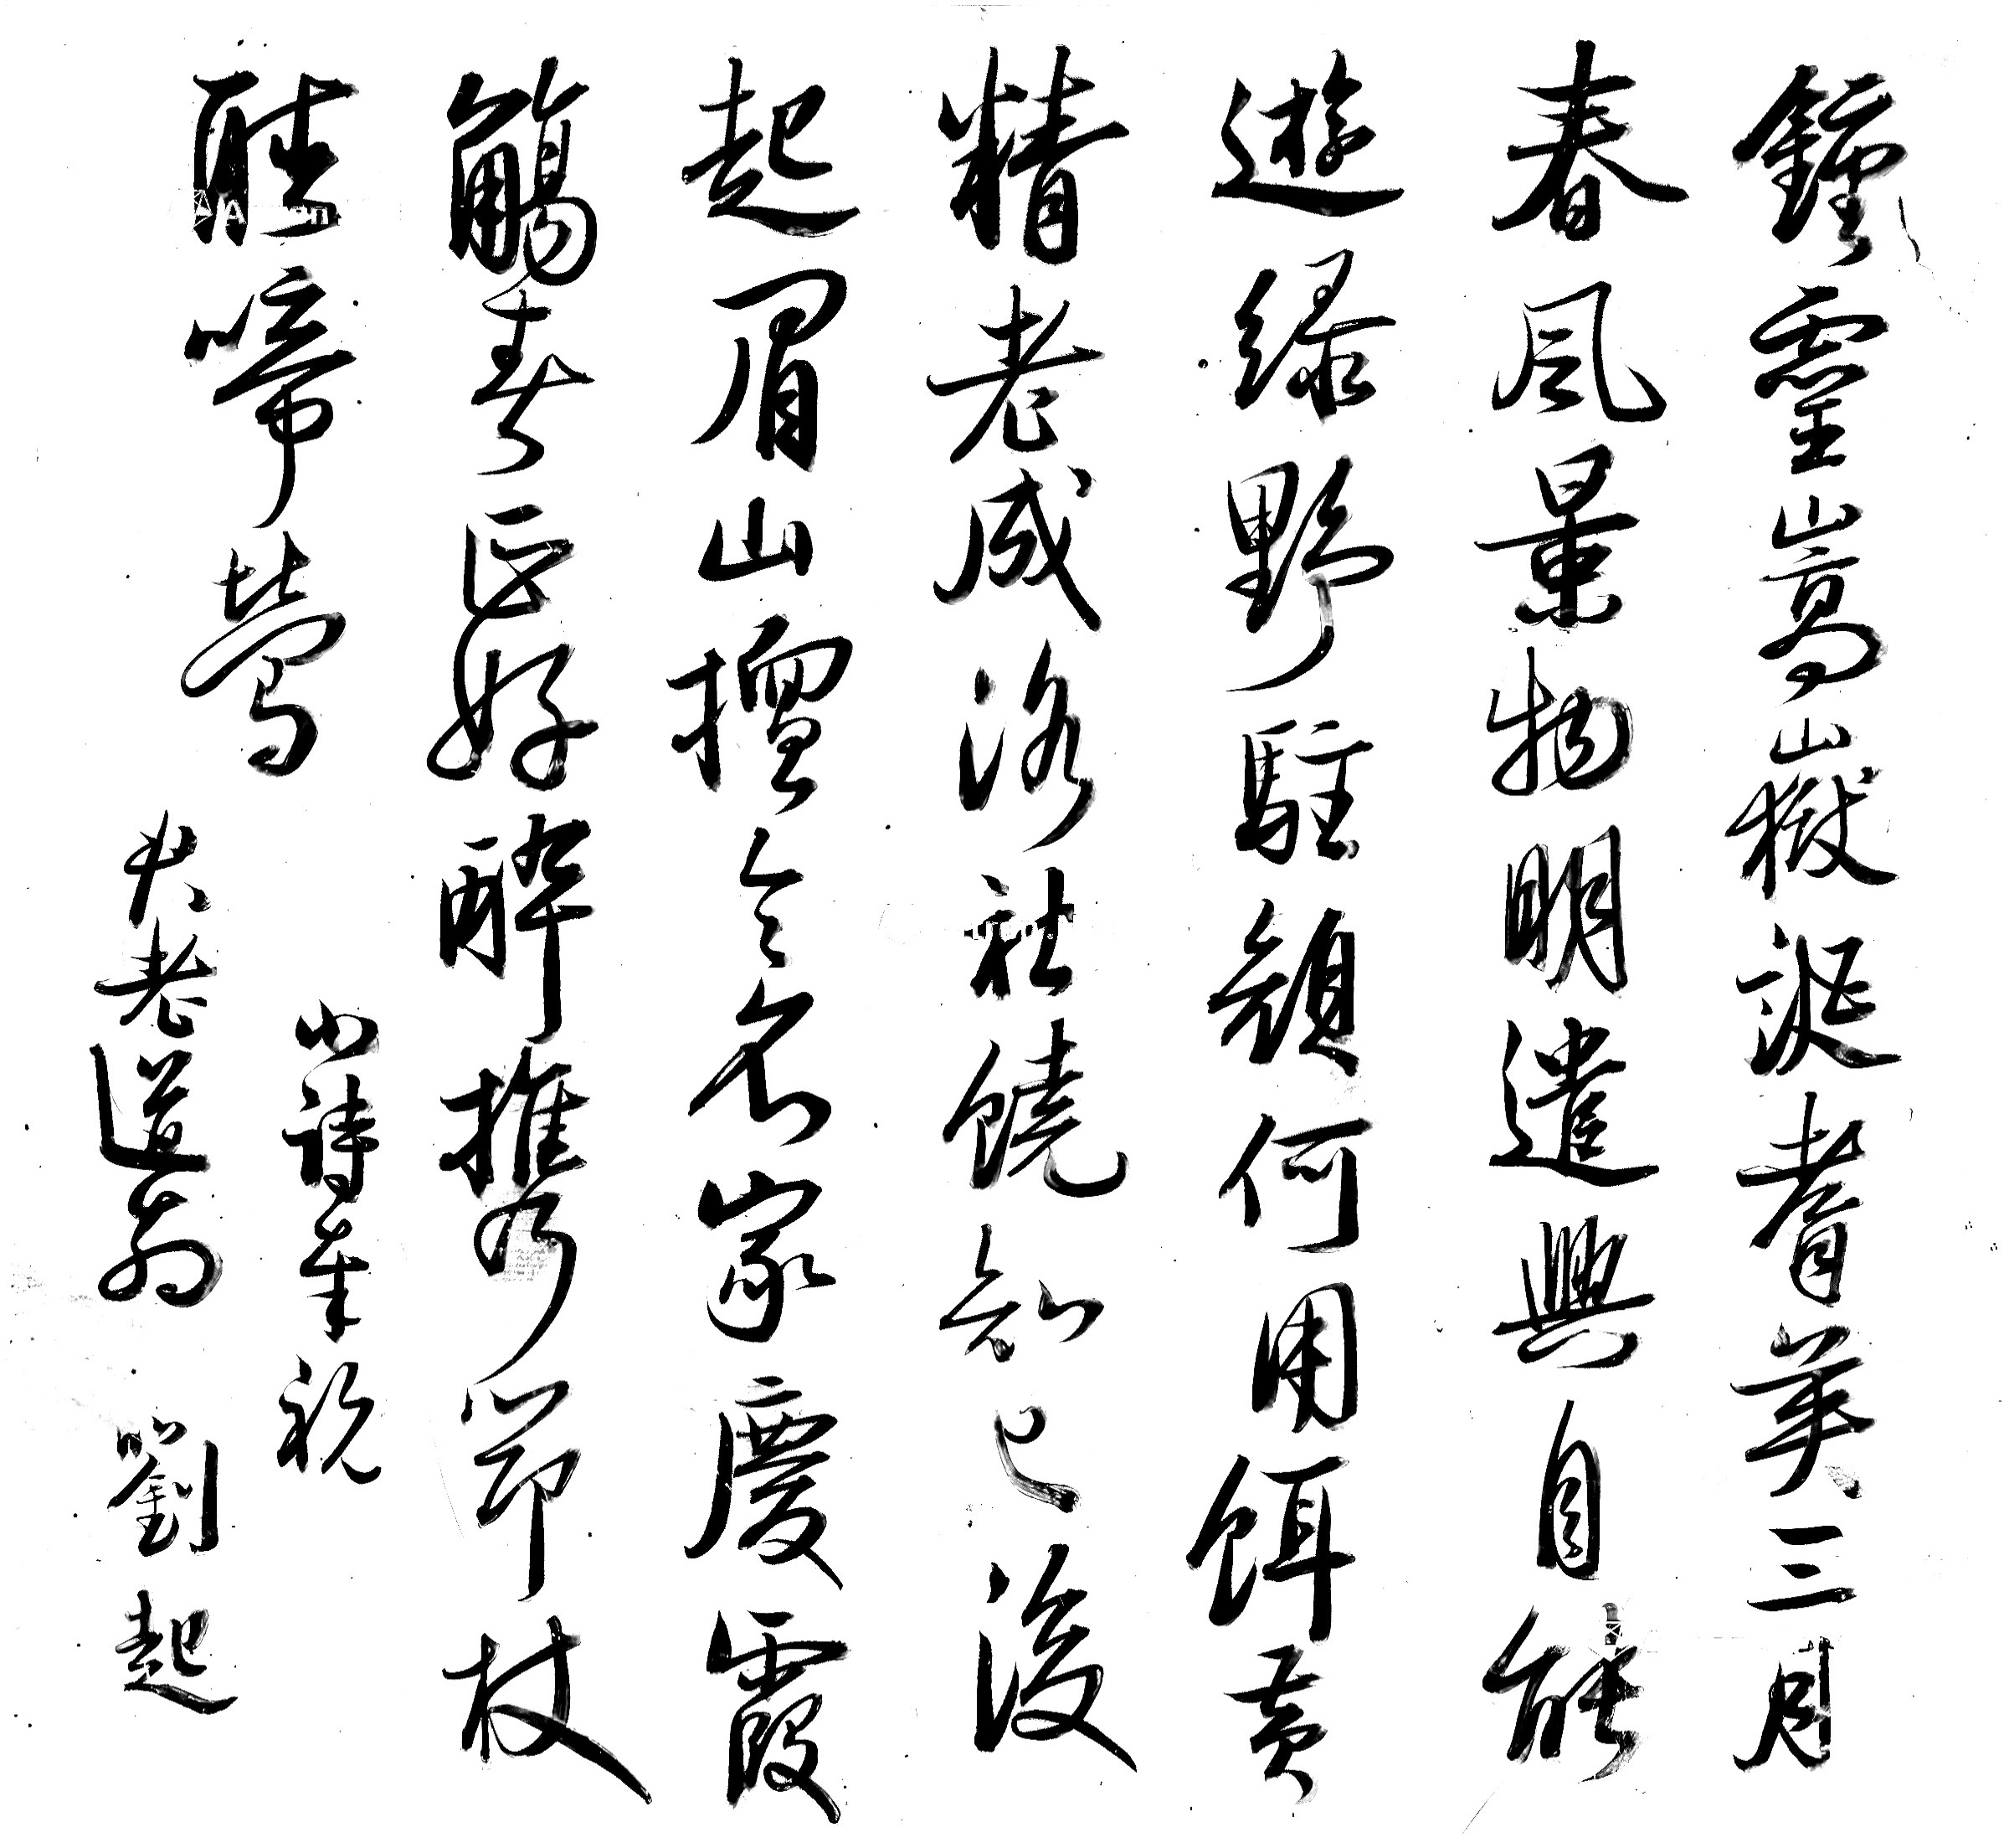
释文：钟灵嵩岳诞耆英，三月春风景物明。遣兴自能游绿野，驻颜何用饵黄精。老成洛社饶知已，后起眉山擅令名。家庆霞觞春正好，醉携筇杖听啼莺。小诗奉祝君老道翁，刘起。